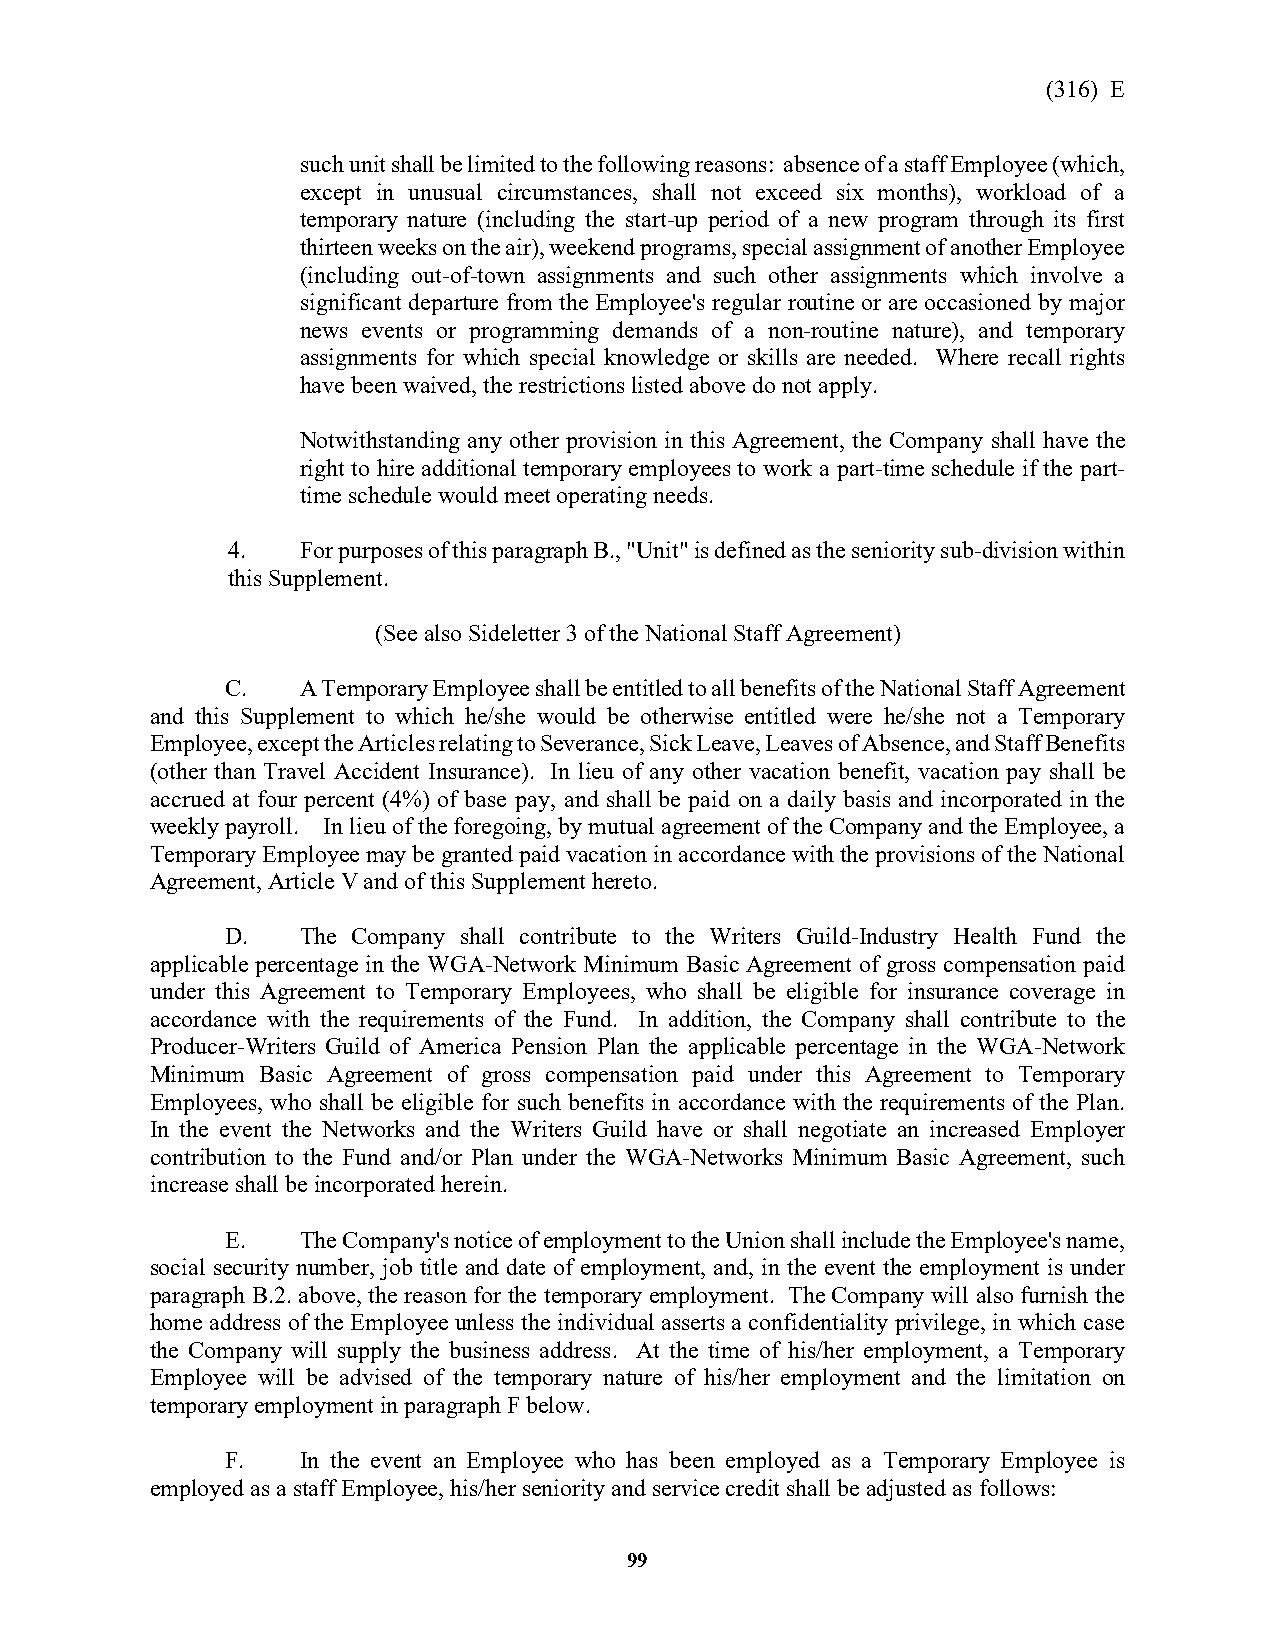
(316) E
 such unit shall be limited to the following reasons: absence of a staff Employee (which,
 except in unusual circumstances, shall not exceed six months), workload of a
 temporary nature (including the start-up period of a new program through its first
 thirteen weeks on the air), weekend programs, special assignment of another Employee
 (including out-of-town assignments and such other assignments which involve a
 significant departure from the Employee's regular routine or are occasioned by major
 news events or programming demands of a non-routine nature), and temporary
 assignments for which special knowledge or skills are needed. Where recall rights
 have been waived, the restrictions listed above do not apply.
 Notwithstanding any other provision in this Agreement, the Company shall have the
 right to hire additional temporary employees to work a part-time schedule if the part-
 time schedule would meet operating needs.
 4.   For purposes of this paragraph B., "Unit" is defined as the seniority sub-division within
 this Supplement.
 (See also Sideletter 3 of the National Staff Agreement)
 C.   A Temporary Employee shall be entitled to all benefits of the National Staff Agreement
 and this Supplement to which he/she would be otherwise entitled were he/she not a Temporary
 Employee, except the Articles relating to Severance, Sick Leave, Leaves of Absence, and Staff Benefits
 (other than Travel Accident Insurance). In lieu of any other vacation benefit, vacation pay shall be
 accrued at four percent (4%) of base pay, and shall be paid on a daily basis and incorporated in the
 weekly payroll. In lieu of the foregoing, by mutual agreement of the Company and the Employee, a
 Temporary Employee may be granted paid vacation in accordance with the provisions of the National
 Agreement, Article V and of this Supplement hereto.
 D.   The Company shall contribute to the Writers Guild-Industry Health Fund the
 applicable percentage in the WGA-Network Minimum Basic Agreement of gross compensation paid
 under this Agreement to Temporary Employees, who shall be eligible for insurance coverage in
 accordance with the requirements of the Fund. In addition, the Company shall contribute to the
 Producer-Writers Guild of America Pension Plan the applicable percentage in the WGA-Network
 Minimum Basic Agreement of gross compensation paid under this Agreement to Temporary
 Employees, who shall be eligible for such benefits in accordance with the requirements of the Plan.
 In the event the Networks and the Writers Guild have or shall negotiate an increased Employer
 contribution to the Fund and/or Plan under the WGA-Networks Minimum Basic Agreement, such
 increase shall be incorporated herein.
 E.   The Company's notice of employment to the Union shall include the Employee's name,
 social security number, job title and date of employment, and, in the event the employment is under
 paragraph B.2. above, the reason for the temporary employment. The Company will also furnish the
 home address of the Employee unless the individual asserts a confidentiality privilege, in which case
 the Company will supply the business address. At the time of his/her employment, a Temporary
 Employee will be advised of the temporary nature of his/her employment and the limitation on
 temporary employment in paragraph F below.
 F.   In the event an Employee who has been employed as a Temporary Employee is
 employed as a staff Employee, his/her seniority and service credit shall be adjusted as follows:
 99